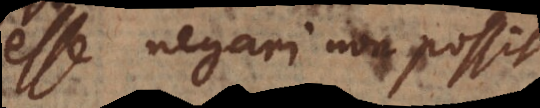
esse negari non possit